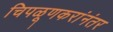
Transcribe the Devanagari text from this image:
चिपळूणकरांनंतर